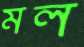
মল